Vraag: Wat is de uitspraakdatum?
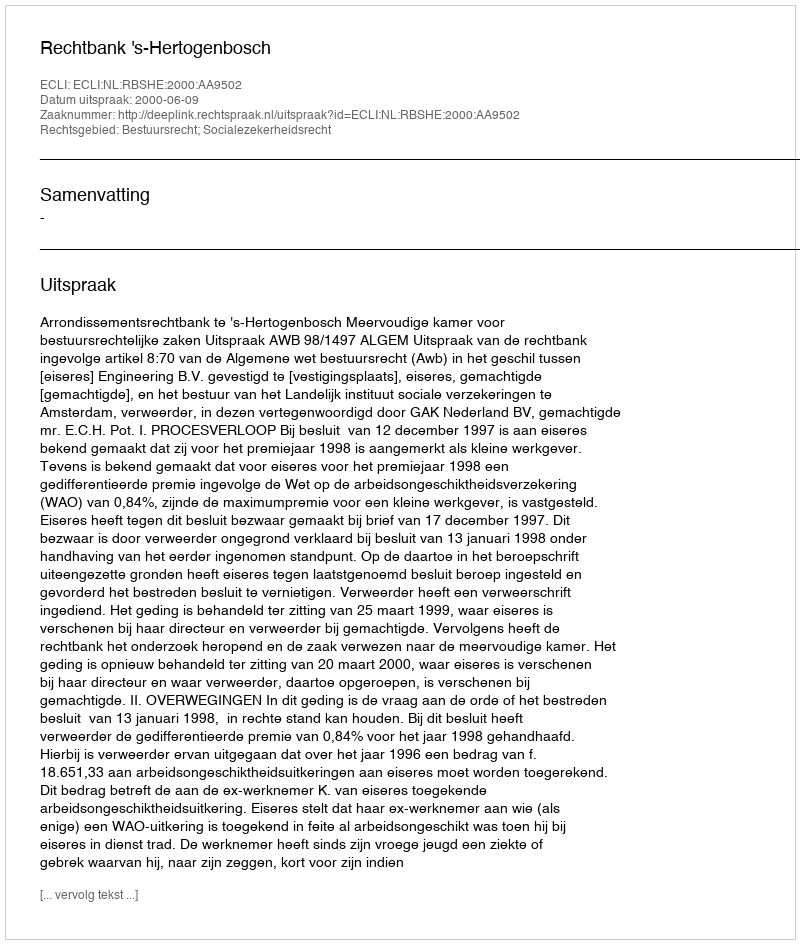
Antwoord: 2000-06-09